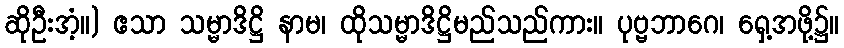
ဆိုဦးအံ့။) ဧသာ သမ္မာဒိဋ္ဌိ နာမ၊ ထိုသမ္မာဒိဋ္ဌိမည်သည်ကား။ ပုဗ္ဗဘာဂေ၊ ရှေ့အဖို့၌။